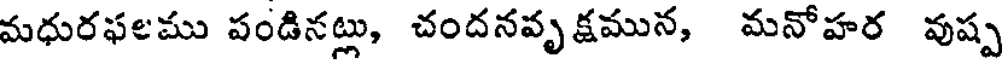
మధురఫలము పండినట్లు, చందనవృక్షమున, మనోహర వుష్ప